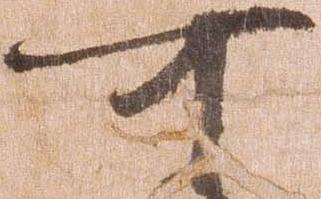
可